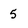
Character: 5